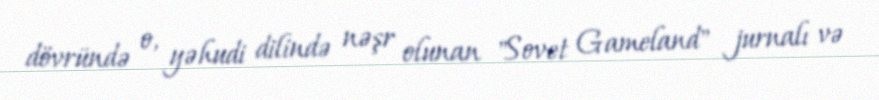
dövründə o, yəhudi dilində nəşr olunan "Sovet Gameland" jurnalı və